Scottish Leaving Certificate Examination, 1961
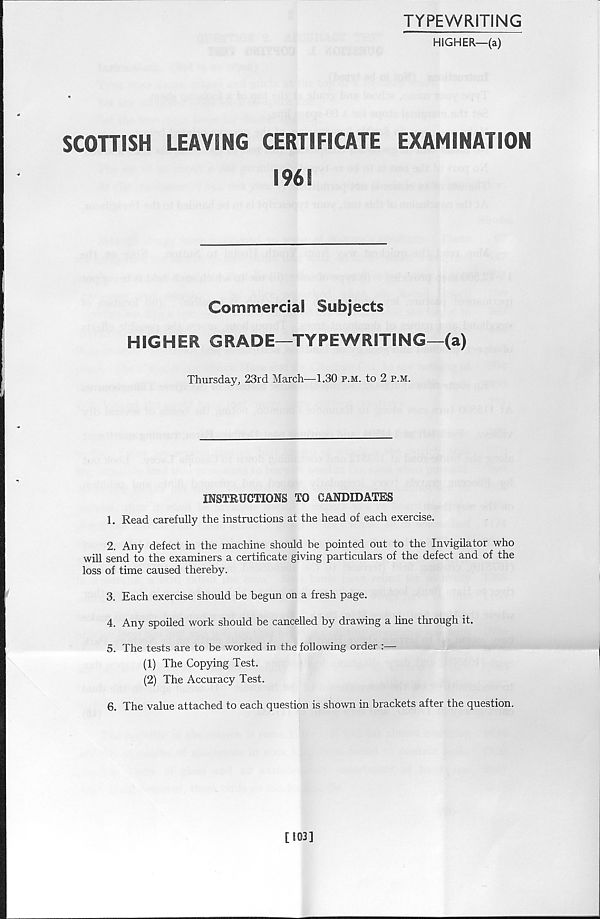
TYPEWRITING
HIGHER—(a)
SCOHISH
LEAVING CERTIFICATE
EXAMINATION
I96E
Commerciai Subjects
HIGHER GRADE—TYPEWRITING—(a)
Thursday, 23rd March—1.30 p.m. to 2 p.m.
INSTRUCTIONS TO CANDIDATES
1. Read carefully the instructions at the head of each exercise.
2. Any defect in the machine should be pointed out to the Invigilator who
will send to the examiners a certificate giving particulars of the defect and of the
loss of time caused thereby.
3. Each exercise should be begun on a fresh page.
4. Any spoiled work should be cancelled by drawing a line through it.
5. The tests are to be worked in the following order :—
(1) The Copying Test.
(2) The Accuracy Test.
6. The value attached to each question is shown in brackets after the question.
[103]